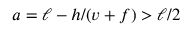
a = \ell - h / ( v + f ) > \ell / 2